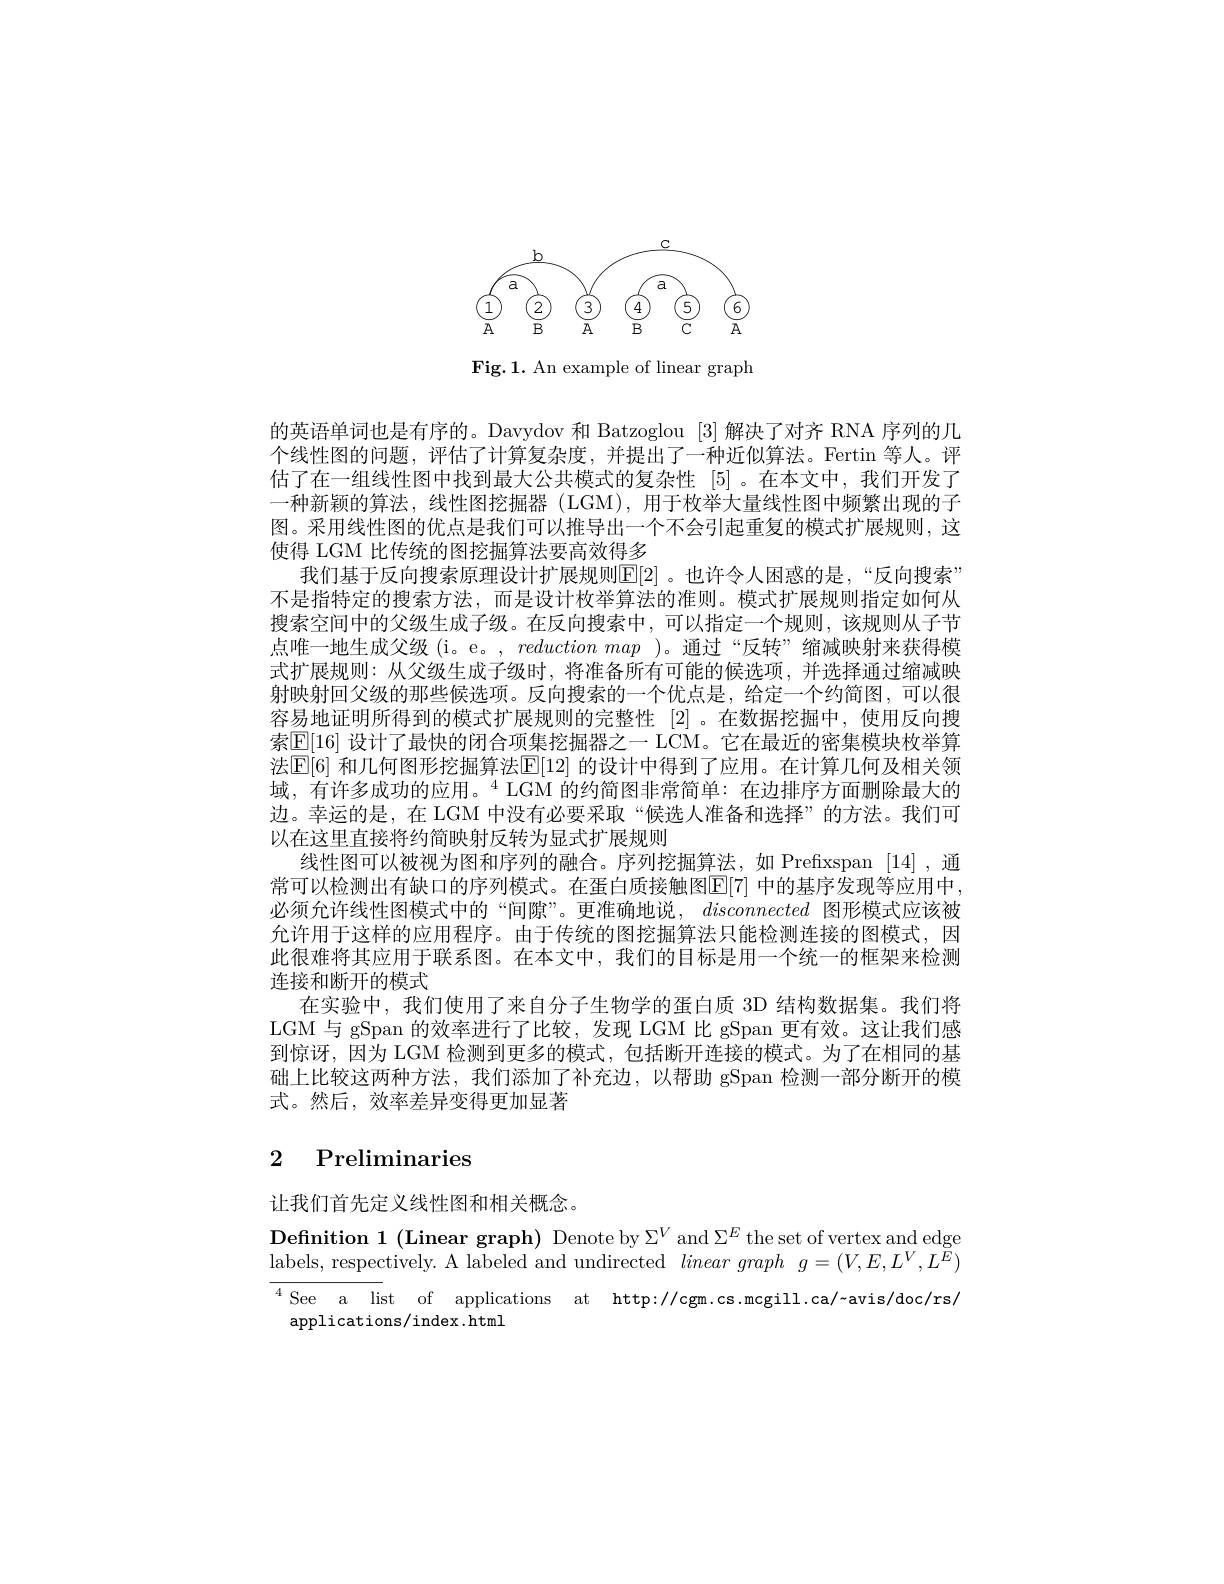
<FigureHere>

Fig.1. An example of linear graph

的英语单词也是有序的。Davydov 和 Batzoglou [3] 解决了对齐 RNA 序列的几个线性图的问题，评估了计算复杂度，并提出了一种近似算法。Fertin 等人。评估了在一组线性图中找到最大公共模式的复杂性 [5]。在本文中，我们开发了一种新颖的算法，线性图挖掘器 (LGM),用于枚举大量线性图中频繁出现的子图。采用线性图的优点是我们可以推导出一个不会引起重复的模式扩展规则，这使得 LGM 比传统的图挖掘算法要高效得多
我们基于反向搜索原理设计扩展规则$\mathbb{E}[2]$ 。也许令人困惑的是，“反向搜索” 不是指特定的搜索方法，而是设计枚举算法的准则。模式扩展规则指定如何从搜索空间中的父级生成子级。在反向搜索中，可以指定一个规则，该规则从子节点唯一地生成父级(i。e。, reductionmap )。通过“反转”缩减映射来获得模式扩展规则：从父级生成子级时，将准备所有可能的候选项，并选择通过缩减映射映射回父级的那些候选项。反向搜索的一个优点是，给定一个约简图，可以很容易地证明所得到的模式扩展规则的完整性 [2]。在数据挖掘中，使用反向搜索$\boxed{\mathbb{E}}[16]$ 设计了最快的闭合项集挖掘器之一 LCM。它在最近的密集模块枚举算法[E[6] 和几何图形挖掘算法$\mathbb{E}[12]$ 的设计中得到了应用。在计算几何及相关领域，有许多成功的应用。“$^{4}$ LGM 的约简图非常简单：在边排序方面删除最大的边。幸运的是，在 LGM 中没有必要采取“候选人准备和选择”的方法。我们可以在这里直接将约简映射反转为显式扩展规则
线性图可以被视为图和序列的融合。序列挖掘算法，如 Prefixspan [14],通常可以检测出有缺口的序列模式。在蛋白质接触图E[ 7] 中的基序发现等应用中必须允许线性图模式中的“间隙”。更准确地说，disconnected图形模式应该被允许用于这样的应用程序。由于传统的图挖掘算法只能检测连接的图模式，因此很难将其应用于联系图。在本文中，我们的目标是用一个统一的框架来检测连接和断开的模式
在实验中，我们使用了来自分子生物学的蛋白质 3D 结构数据集。我们将LGM 与 gSpan 的效率进行了比较，发现 LGM 比 gSpan 更有效。这让我们感到惊讶，因为 LGM 检测到更多的模式，包括断开连接的模式。为了在相同的基础上比较这两种方法，我们添加了补充边，以帮助 gSpan 检测一部分断开的模式。然后，效率差异变得更加显著

# 2 Preliminaries

让我们首先定义线性图和相关概念。

Definition 1 (Linear graph) Denote by $\Sigma^V$ and $\Sigma^E$ the set of vertex and edge labels, respectively. A labeled and undirected lineargraph $g=(V,E,L^V,L^E)$ $^{4}$See a list of applications at http://cgm.cs.mcgill.ca/-avis/doc/rs/
applications/index.html